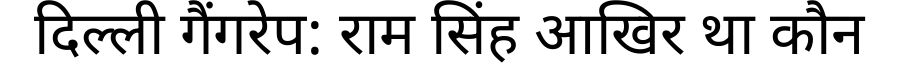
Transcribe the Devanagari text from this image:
दिल्ली गैंगरेप: राम सिंह आखिर था कौन